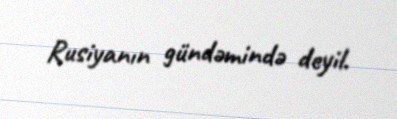
Rusiyanın gündəmində deyil.